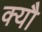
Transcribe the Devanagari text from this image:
क्यौ